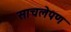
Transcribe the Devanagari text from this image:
साचलेपण